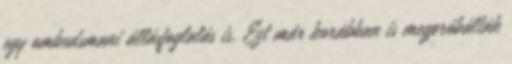
egy ombudsmani állásfoglalás is. Ezt már korábban is megpróbálták